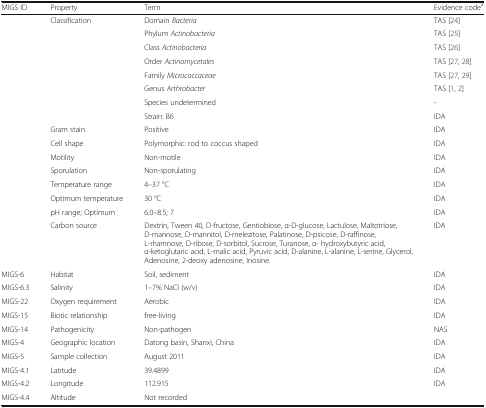
| MIGS ID | Property | Term | Evidence codea |
 | --- | --- | --- | --- |
 |  | Classification | Domain Bacteria | TAS [24] |
 |  |  | Phylum Actinobacteria | TAS [25] |
 |  |  | Class Actinobacteria | TAS [26] |
 |  |  | Order Actinomycetales | TAS [27, 28] |
 |  |  | Family Micrococcaceae | TAS [27, 29] |
 |  |  | Genus Arthrobacter | TAS [1, 2] |
 |  |  | Species undetermined | - |
 |  |  | Strain: B6 | IDA |
 |  | Gram stain | Positive | IDA |
 |  | Cell shape | Polymorphic: rod to coccus shaped | IDA |
 |  | Motility | Non-motile | IDA |
 |  | Sporulation | Non-sporulating | IDA |
 |  | Temperature range | 4–37 °C | IDA |
 |  | Optimum temperature | 30 °C | IDA |
 |  | pH range; Optimum | 6.0–8.5; 7 | IDA |
 |  | Carbon source | Dextrin, Tween 40, D-fructose, Gentiobiose, α-D-glucose, Lactulose, Maltotriose, D-mannose, D-mannitol, D-melezitose, Palatinose, D-psicose, D-raffinose, L-rhamnose, D-ribose, D-sorbitol, Sucrose, Turanose, α- hydroxybutyric acid, α-ketoglutaric acid, L-malic acid, Pyruvic acid, D-alanine, L-alanine, L-serine, Glycerol, Adenosine, 2-deoxy adenosine, Inosine. | IDA |
 | MIGS-6 | Habitat | Soil, sediment | IDA |
 | MIGS-6.3 | Salinity | 1–7% NaCl (w/v) | IDA |
 | MIGS-22 | Oxygen requirement | Aerobic | IDA |
 | MIGS-15 | Biotic relationship | free-living | IDA |
 | MIGS-14 | Pathogenicity | Non-pathogen | NAS |
 | MIGS-4 | Geographic location | Datong basin, Shanxi, China | IDA |
 | MIGS-5 | Sample collection | August 2011 | IDA |
 | MIGS-4.1 | Latitude | 39.4899 | IDA |
 | MIGS-4.2 | Longitude | 112.915 | IDA |
 | MIGS-4.4 | Altitude | Not recorded |  |